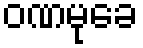
ဝဏမုခေ